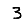
Digit: 3